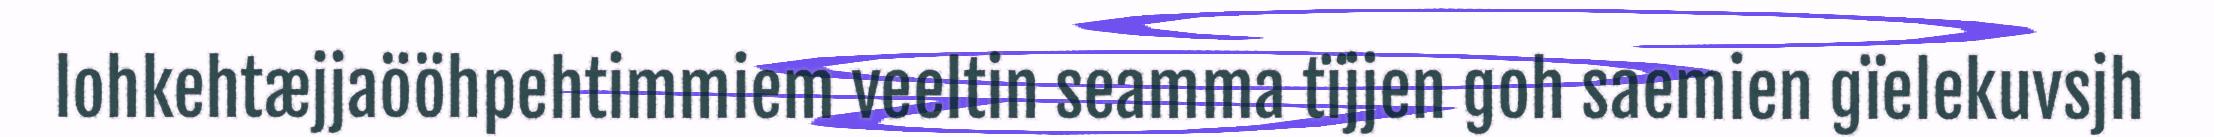
lohkehtæjjaööhpehtimmiem veeltin seamma tïjjen goh saemien gïelekuvsjh